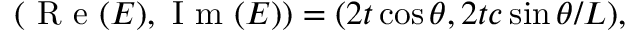
\begin{array} { r } { ( \mathrm { ~ R ~ e ~ } ( E ) , \mathrm { ~ I ~ m ~ } ( E ) ) = ( 2 t \cos \theta , 2 t c \sin \theta / L ) , } \end{array}